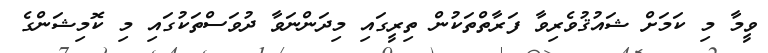
ވީމާ މި ކަމަށް ޝައުޤުވެރިވާ ފަރާތްތަކުން ތިރީގައި މިދަންނަވާ ދުވަސްތަކުގައި މި ކޮމިޝަންގެ